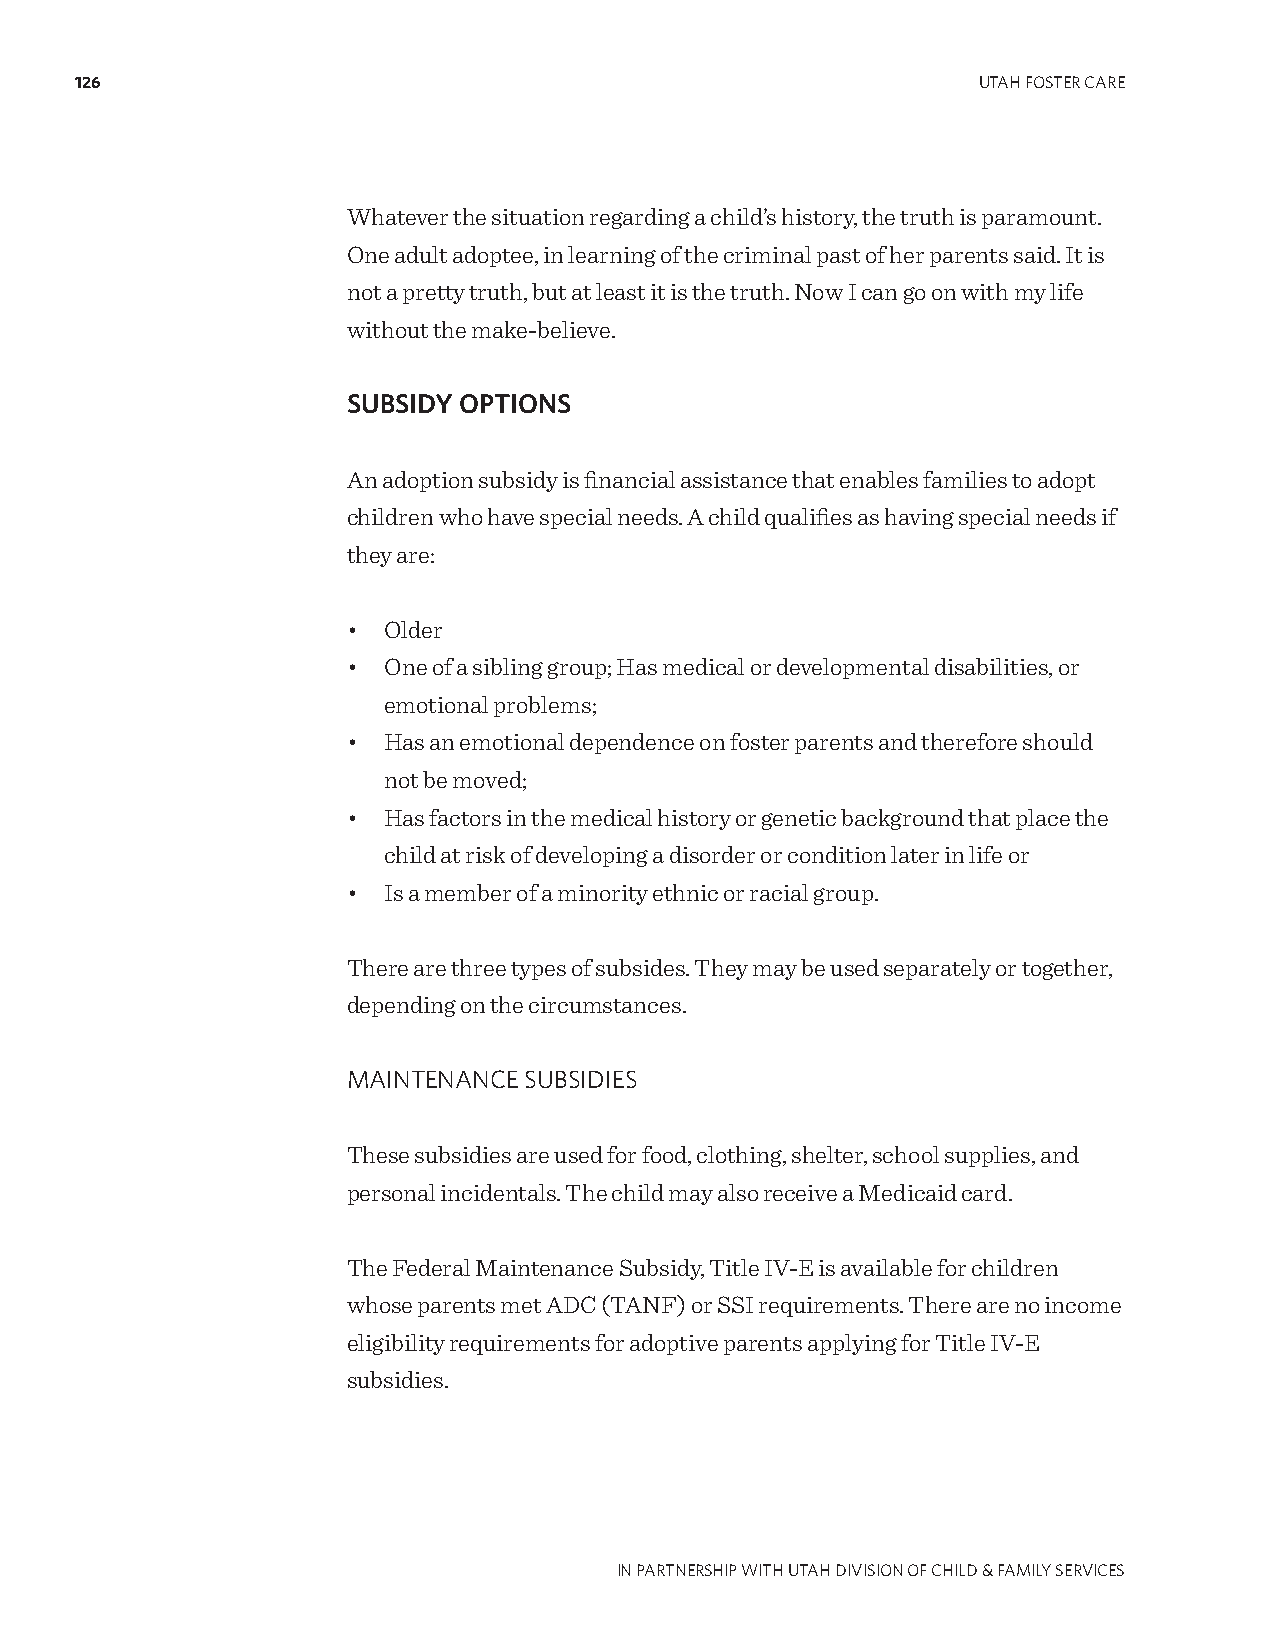
126                                                         UTAH FOSTER CARE
 Whatever the situation regarding a child’s history, the truth is paramount.
 One adult adoptee, in learning of the criminal past of her parents said. It is
 not a pretty truth, but at least it is the truth. Now I can go on with my life
 without the make-believe.
 SUBSIDY OPTIONS
 An adoption subsidy is financial assistance that enables families to adopt
 children who have special needs. A child qualifies as having special needs if
 they are:
 • Older
 • One of a sibling group; Has medical or developmental disabilities, or
 emotional problems;
 • Has an emotional dependence on foster parents and therefore should
 not be moved;
 • Has factors in the medical history or genetic background that place the
 child at risk of developing a disorder or condition later in life or
 • Is a member of a minority ethnic or racial group.
 There are three types of subsides. They may be used separately or together,
 depending on the circumstances.
 MAINTENANCE SUBSIDIES
 These subsidies are used for food, clothing, shelter, school supplies, and
 personal incidentals. The child may also receive a Medicaid card.
 The Federal Maintenance Subsidy, Title IV-E is available for children
 whose parents met ADC (TANF) or SSI requirements. There are no income
 eligibility requirements for adoptive parents applying for Title IV-E
 subsidies.
 IN PARTNERSHIP WITH UTAH DIVISION OF CHILD & FAMILY SERVICES